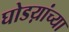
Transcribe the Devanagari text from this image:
घोडय़ांच्या